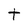
Character: t